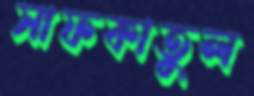
সাফকাতুল